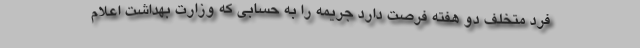
فرد متخلف دو هفته فرصت دارد جریمه را به حسابی که وزارت بهداشت اعلام